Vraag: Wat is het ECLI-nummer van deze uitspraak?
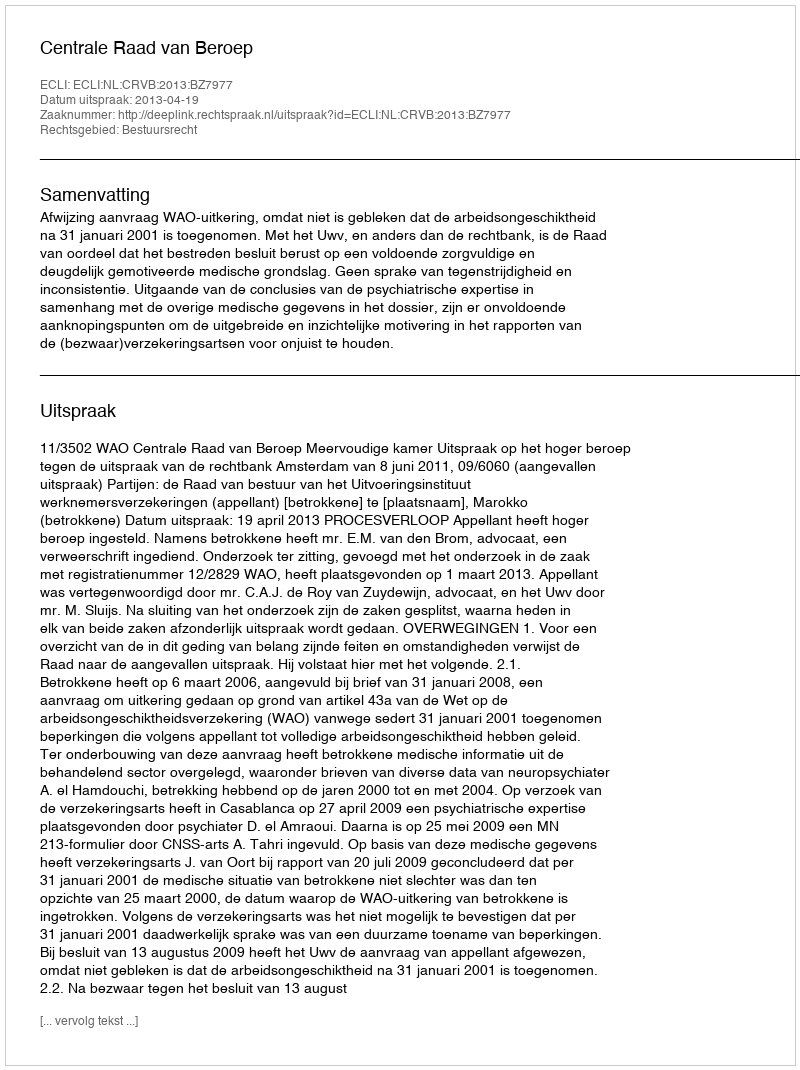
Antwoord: ECLI:NL:CRVB:2013:BZ7977